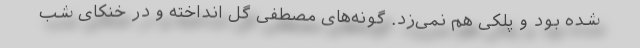
شده بود و پلکی هم نمی‌زد. گونه‌های مصطفی گل انداخته و در خنکای شب